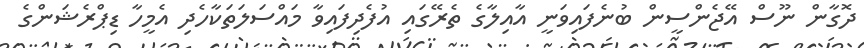
ދޮގާން ނޫސް އޭޖެންސީން ބުނެފައިވަނީ އާއިލާގެ ތެރޭގައި އުފެދިފައިވާ މައްސަލަތަކާހެދި އެމީހާ ޑިޕްރެޝަންގެ